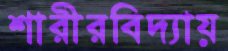
শারীরবিদ্যায়